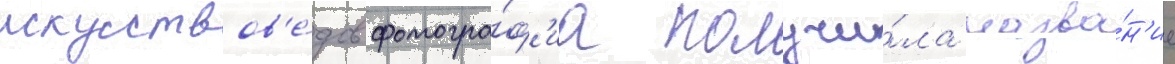
искусствов'е́дов фотогра́ф'иа получи́ла назва́н'ие